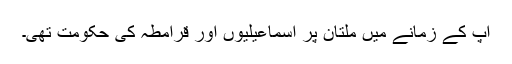
آپ کے زمانے میں ملتان پر اسماعیلیوں اور قرامطہ کی حکومت تھی۔